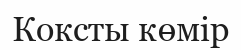
Коксты көмір